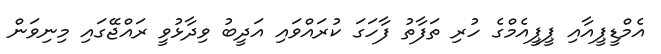
އެމްޑީޕީއާއި ޕީޕީއެމްގެ ހުރި ތަފާތު ފާހަގަ ކުރައްވައި އަދީބު ވިދާޅުވީ ރައްޖޭގައި މިނިވަން